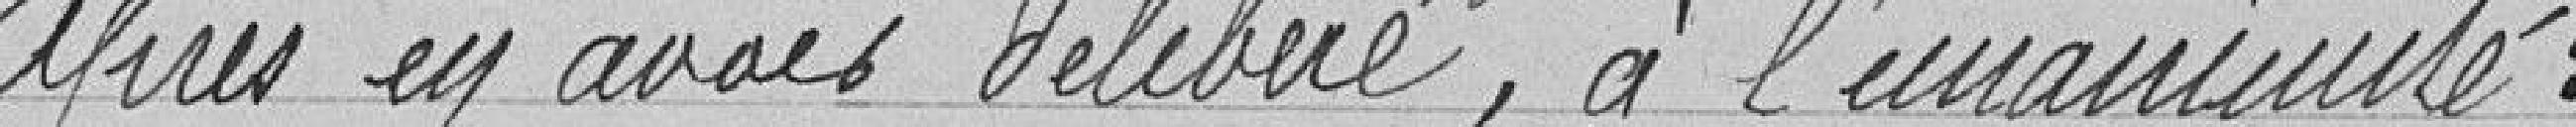
Après en avoir délibéré, à l'unanimité :